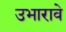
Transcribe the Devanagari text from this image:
उभारावे